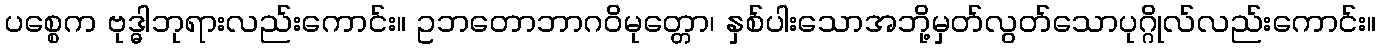
ပစ္စေက ဗုဒ္ဓါဘုရားလည်းကောင်း။ ဥဘတောဘာဂဝိမုတ္တော၊ နှစ်ပါးသောအဘို့မှတ်လွတ်သောပုဂ္ဂိုလ်လည်းကောင်း။